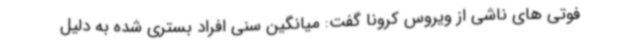
فوتی های ناشی از ویروس کرونا گفت: میانگین سنی افراد بستری شده به دلیل